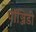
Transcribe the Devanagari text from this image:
पॉञ्जिडी